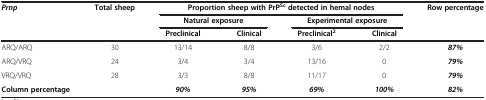
| <ROWSPAN=3> Prnp | <ROWSPAN=3> Total sheep | <COLSPAN=4> Proportion sheep with PrPSc detected in hemal nodes | <ROWSPAN=3> Row percentage |
 | <COLSPAN=2> Natural exposure | <COLSPAN=2> Experimental exposure |
 | Preclinical | Clinical | Preclinical2 | Clinical |
 | --- | --- | --- | --- | --- | --- | --- |
 | ARQ/ARQ | 30 | 13/14 | 8/8 | 3/6 | 2/2 | 87% |
 | ARQ/VRQ | 24 | 3/4 | 3/4 | 13/16 | 0 | 79% |
 | VRQ/VRQ | 28 | 3/3 | 8/8 | 11/17 | 0 | 79% |
 | Column percentage |  | 90% | 95% | 69% | 100% | 82% |